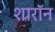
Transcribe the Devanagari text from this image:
शारॉन